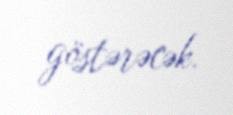
göstərəcək.